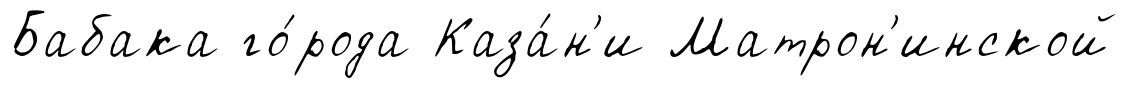
Бабака го́рода Каза́н'и Матрон'инской